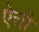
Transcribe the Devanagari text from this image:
ऐत्तो